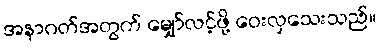
အနာဂတ်အတွက် မျှော်လင့်ဖို့ ဝေးလှသေးသည်။